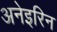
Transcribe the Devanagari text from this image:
अनेइरिन